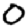
Digit: 0